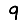
Digit: 9